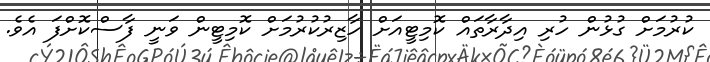
ކުރުމަށް ގުޅުން ހުރި އިދާރާތައް ކޮމިޓީއަށް ހާޒިރުކުރުމަށް ކޮމިޓީން ވަނީ ފާސްކޮށްފަ އެވެ.